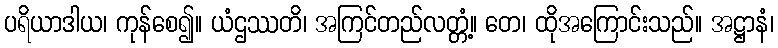
ပရိယာဒါယ၊ ကုန်စေ၍။ ယံဌဿတိ၊ အကြင်တည်လတ္တံ့။ တေ၊ ထိုအကြောင်းသည်။ အဋ္ဌာနံ၊